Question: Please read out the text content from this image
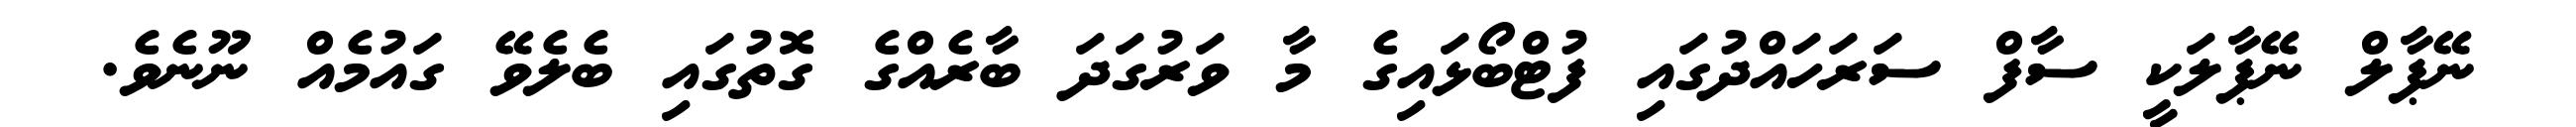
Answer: ނޭޕާލް ނޭޕާލަކީ ސާފް ސަރަހައްދުގައި ފުޓްބޯޅައިގެ މާ ވަރުގަދަ ބާރެއްގެ ގޮތުގައި ބެލެވޭ ގައުމެއް ނޫނެވެ.